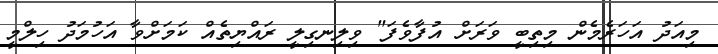
މިއަދު އަހަރެމެން މިތިބީ ވަރަށް އުފާވެފަ" ވިލިނގިލީ ރައްޔިތެއް ކަމަށްވާ އަހުމަދު ހިލްމީ